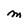
Character: M